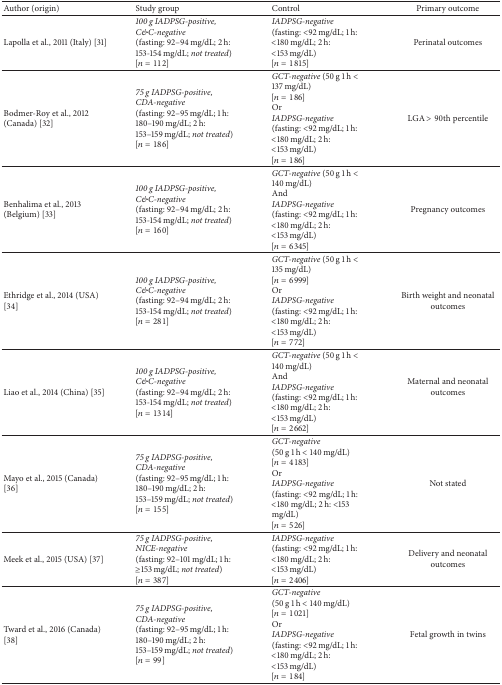
<table><thead><tr><td><b>Author (origin)</b></td><td><b>Study group</b></td><td><b>Control</b></td><td><b>Primary outcome</b></td></tr></thead><tbody><tr><td>Lapolla et al., 2011 (Italy) [31]</td><td><i>100 g IADPSG-positive, C&amp;C-negative</i>(fasting: 92–94<b> </b>mg/dL; 2<b> </b>h: 153-154<b> </b>mg/dL; <i>not treated</i>) [<i>n</i> = 112]</td><td><i>IADPSG-negative</i>(fasting: &lt;92 mg/dL; 1 h: &lt;180 mg/dL; 2 h: &lt;153 mg/dL)[<i>n</i> = 1815]</td><td>Perinatal outcomes</td></tr><tr><td>Bodmer-Roy et al., 2012 (Canada) [32]</td><td><i>75 g IADPSG-positive, CDA-negative</i>(fasting: 92–95<b> </b>mg/dL; 1<b> </b>h: 180–190 mg/dL; 2 h: 153–159 mg/dL; <i>not treated</i>) [<i>n</i> = 186]</td><td><i>GCT-negative </i>(50 g 1 h &lt; 137 mg/dL) [<i>n</i> = 186]Or <i>IADPSG-negative</i>(fasting: &lt;92 mg/dL; 1 h: &lt;180 mg/dL; 2 h: &lt;153 mg/dL)[<i>n</i> = 186]</td><td>LGA &gt; 90th percentile</td></tr><tr><td>Benhalima et al., 2013 (Belgium) [33]</td><td><i>100 g IADPSG-positive, C&amp;C-negative</i>(fasting: 92–94 mg/dL; 2 h: 153-154 mg/dL; <i>not treated</i>) [<i>n</i> = 160]</td><td><i>GCT-negative </i>(50 g 1 h &lt; 140 mg/dL) And <i>IADPSG-negative</i>(fasting: &lt;92 mg/dL; 1 h: &lt;180 mg/dL; 2 h: &lt;153 mg/dL)[<i>n</i> = 6345]</td><td>Pregnancy outcomes</td></tr><tr><td>Ethridge et al., 2014 (USA) [34]</td><td><i>100 g IADPSG-positive, C&amp;C-negative</i>(fasting: 92–94 mg/dL; 2 h: 153-154 mg/dL; <i>not treated</i>) [<i>n</i> = 281]</td><td><i>GCT-negative </i>(50 g 1 h &lt; 135 mg/dL) [<i>n</i> = 6999]Or <i>IADPSG-negative</i>(fasting: &lt;92 mg/dL; 1 h: &lt;180 mg/dL; 2 h: &lt;153 mg/dL)[<i>n</i> = 772]</td><td>Birth weight and neonatal outcomes</td></tr><tr><td>Liao et al., 2014 (China) [35]</td><td><i>100 g IADPSG-positive, C&amp;C-negative</i>(fasting: 92–94 mg/dL; 2 h: 153-154 mg/dL; <i>not treated</i>) [<i>n</i> = 1314]</td><td><i>GCT-negative </i>(50 g 1 h &lt; 140 mg/dL)And <i>IADPSG-negative</i>(fasting: &lt;92 mg/dL; 1 h: &lt;180 mg/dL; 2 h: &lt;153 mg/dL)[<i>n</i> = 2662]</td><td>Maternal and neonatal outcomes</td></tr><tr><td>Mayo et al., 2015 (Canada) [36]</td><td><i>75 g IADPSG-positive, CDA-negative</i>(fasting: 92–95 mg/dL; 1 h: 180–190 mg/dL; 2 h: 153–159 mg/dL; <i>not treated</i>) [<i>n</i> = 155]</td><td><i>GCT-negative</i>(50 g 1 h &lt; 140 mg/dL) [<i>n</i> = 4183]Or <i>IADPSG-negative</i>(fasting: &lt;92 mg/dL; 1 h: &lt;180 mg/dL; 2 h: &lt;153 mg/dL) [<i>n</i> = 526]</td><td>Not stated</td></tr><tr><td>Meek et al., 2015 (USA) [37]</td><td><i>75 g IADPSG-positive, NICE-negative</i>(fasting: 92–101 mg/dL; 1 h: ≥153 mg/dL; <i>not treated</i>) [<i>n</i> = 387]</td><td><i>IADPSG-negative</i>(fasting: &lt;92 mg/dL; 1 h: &lt;180 mg/dL; 2 h: &lt;153 mg/dL) [<i>n</i> = 2406]</td><td>Delivery and neonatal outcomes</td></tr><tr><td>Tward et al., 2016 (Canada) [38]</td><td><i>75 g IADPSG-positive, CDA-negative</i>(fasting: 92–95 mg/dL; 1 h: 180–190 mg/dL; 2 h: 153–159 mg/dL; <i>not treated</i>) [<i>n</i> = 99]</td><td><i>GCT-negative</i>(50 g 1 h &lt; 140 mg/dL) [<i>n</i> = 1021]Or<i>IADPSG-negative</i>(fasting: &lt;92 mg/dL; 1 h: &lt;180 mg/dL; 2 h: &lt;153 mg/dL)[<i>n</i> = 184]</td><td>Fetal growth in twins</td></tr></tbody></table>